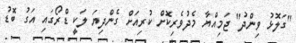
"ގަލޮޅު ވިންދު" ޖަމިއްޔާ މެދުވެރިކޮށް ކުރިއަށް ގެންދިޔަ ލަކީ ޑްރޯގައި އަގު ބޮޑު